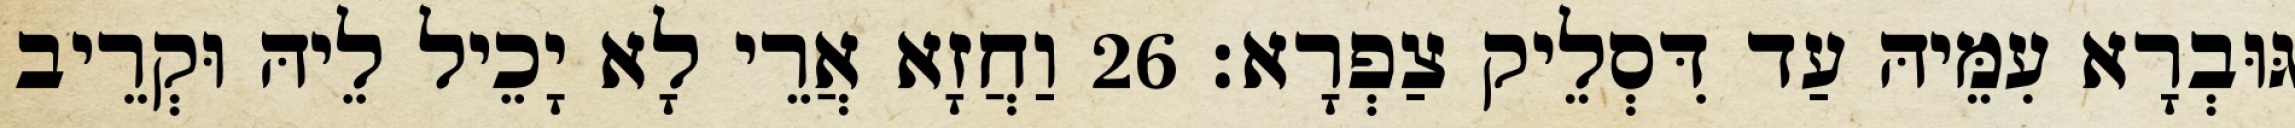
גּוּבְרָא עִמֵּיהּ עַד דִּסְלֵיק צַפְרָא׃ 26 וַחֲזָא אֲרֵי לָא יָכֵיל לֵיהּ וּקְרֵיב